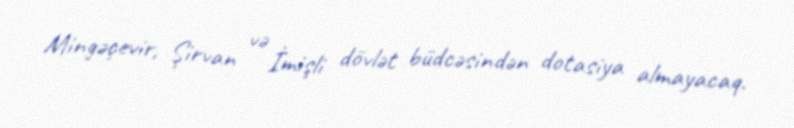
Mingəçevir, Şirvan və İmişli dövlət büdcəsindən dotasiya almayacaq.